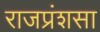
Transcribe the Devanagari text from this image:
राजप्रंशसा